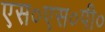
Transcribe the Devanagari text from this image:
एस०एस०पी०